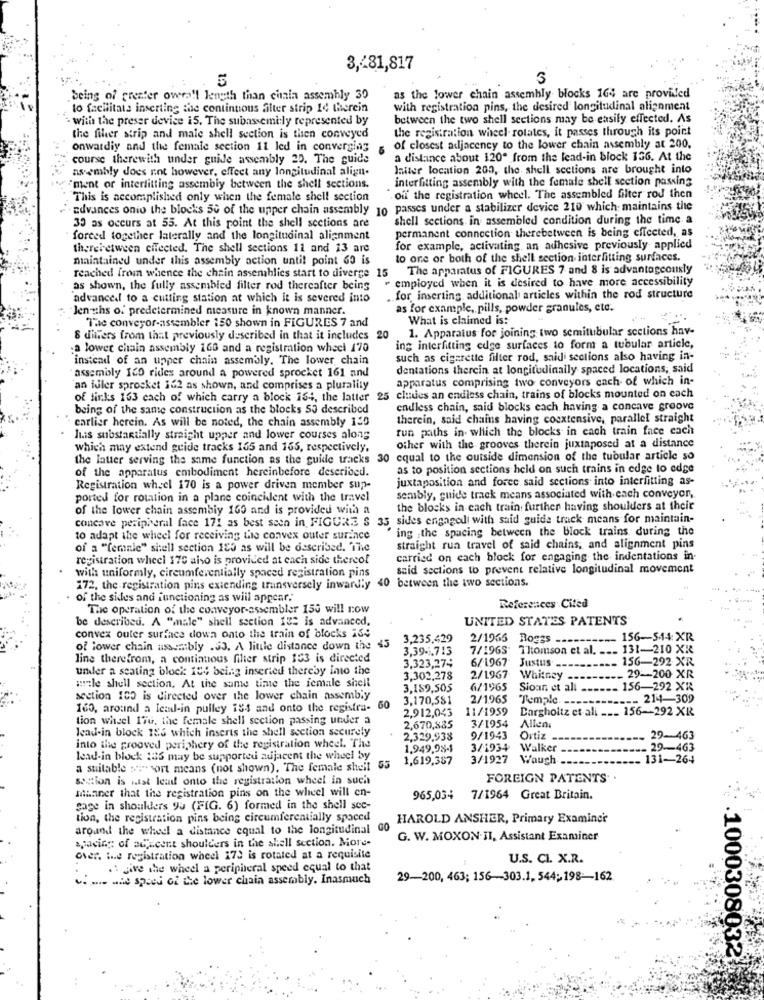
3,281,817
being of greater overall length than chain assembly 30
as the lower chain assembly blocks 164 are provided
to facilitate inserting the continuous alter strip 14 therein
with registration pins, the desired longitudinal alignment
· with the preser device 15. The subassembly represented by
between the two shell sections may be easily effected. As
the registration wheel rotates, it passes through its point
the fiher strip and male shell section is then conveyed
onwardiy and the female section 11 led in converging
of closest adjacency to the lower chain assembly at 200.
course therewith under guide assembly 20. The guide
a distance about 120" from the lead-in block 136. At the
assembly does not however, effect any longitudinal align.
laiter location 200, the shell sections are brought into
interfitting assembly with the female shell section passing
"ment or interfitting assembly between the shell sections.
This is accomplished only when the female shell section
off the registration wheel. The assembled filter rod then
advances onio the blocks 50 of the upper chain assembly 10 passes under a stabilizer device 210 which maintains the
shell sections in assembled condition during the time a
30 as occurs at 55. At this point the shell sections are
permanent connection therebetween is being effected, as
forced together laterally and the longitudinal alignment
therebetween effected. The shell sections 11 and 13 are
for example, activating, an adhesive previously applied
maintained under this assembly action until point 60 is
to one or both of the shell section interhitting surfaces.
The apparatus of FIGURES 7 and 8 is advantageously
reached from whence the chain assemblies start to diverge 15
employed when it is desired to have more accessibility
as shown, the fully assembled filter rod thereafter being
advanced to a cutting station at which it is severed into
for inserting additional articles within the rod structure
Jen ths of predetermined measure in known manner.
as for example, pills, powder granules, etc.
Tac conveyor-assembler 150 shown in FIGURES 7 and
What is claimed is:
1. Apparatus for joining two semitubular sections hav-
8 differs from that previously described in that it includes 20
a lower chain assembly 160 and a registration wheel 170
ing interfitting edge surfaces to form a tubular article,
instead of an upper chain assembly. The lower chain
such as cigarette filter rod, said sections also having in-
dentations thercin at longitudinally spaced locations, said
assembly 120 rides around a powered sprocket 161 and
apparatus comprising two conveyors cach of which in-
an fuler sprocket 162 as shown, and comprises a plurality
of links 163 cach of which carry a block 164, the latter 25 chies an endless chain, trains of blocks mounted on each
being of the same construction as the blocks 50 described
endless chain, said blocks each having a concave groove
carlier herein. As will be noted, the chain assembly 130
therein, said chains having coextensive, parallel straight
run paths in which the blocks in each train face cach
luis substantially straight upper and lower courses along
which may extend guide tracks 165 and 165, respectively,
other with the grooves therein juxtaposed at a distance
the latter serving the same function as the guide tracks 30 equal to the outside dimension of the tubular article so
of the apparatus embodiment hereinbefore described.
as to position sections held on such trains in edge to edge
juxtaposition and forec said sections into interfitting as-
Registration wheel 170 is a power driven member sup-
ported for rotation in a plane coincident with the travel
sembly, guide track means associated with each conveyor,
of the lower chain assembly 160 and is provided with a
the blocks in each train further having shoulders at their
concave peripheral face 171 as best seen in FIGURE $ 35 sides engaged with said guide track means for maintain-
ing the spacing between the block trains during the
to adapt the wheel for receiving the convex outer surince
of a "female" shell section 185 as will be described. The
straight rua travel of said chains, and alignment pins
registration wheel 170 also is provided at each side thereof
carried on each block for engaging the indentations in-
said sections to prevent relative longitudinal movement
with uniformly, circumferentially spaced registration pins
172, the registration pins extending transversely inwardly 40 between the two sections.
of the sides and functioning as will appear.
The operation of the conveyor-assembler 150 will row
References .Cited
be described. A "male" shell section 132 is advanced,
UNITED STATES PATENTS
convex outer surface down onto the train of blocks 16:
3,235,429
2/1965 Boggs ----------
. 156-544: XR
of lower chain assembly .33. A little distance down the 45
3,39 -. 713
7/1965 Thomson et al. ___ 131-210 XR
line therefrom, a continuous filter strip 103 is directed
6/1967
156-292 XR
umler a seating block 184 being inserted thereby into the
3,323,274
Justus ---
3,302,278
2/1967 Whitney ---
- 29 -- 200 XR
wiele shell section. At the same time the female shell
3,189,505
6/1965
Sioan et all
156-292 XR
section 100 is directed over the lower chain assembly
3,170,581
2/1965
Temple --
.-- 214-309
160, around a Ictal-in pulley iss and onto the registra- 60
11/1959
Dargholtz et ali ___ 156-292 XR
tion wheel I'ru, the female shell section passing under a
2,912,043
lead-in block 185 which inserts the shell section securely
2,670,885
3/1954
Allen
2,329,938
9/1943
Ortiz -
29-463
into the grooved periphery of the registration wheel. The
1,949,98-1
3/1934 Walker
29-463
lead-in block 186 may be supported adjacent the wheel by
1,619,387
3/1927 Waugh
131-264
a suitable were sort means (not shown). The female shell 55
section is utat lead onto the registration wheel in such
FOREIGN PATENTS .
mhaner that the registration pins on the wheel will en-
965,034 7/1964 Great Britain.
sage in shoulders yu (FIG. 6) formed in the shell sec-
tion, the registration pins being circumferentially spaced
HAROLD ANSHER, Primary Examiner
around the wheel a distance equal to the longitudinal GO
spacing of adjecent shoulders in the shell section. More-
G. W. MOXON.II, Assistant Examiner
over, the registration wheel 173 is rotated at a requisite
U.S. CI. X.R.
. give the wheel a peripheral speed equal to that
- the speed of the lower chain assembly. Inasmuch
29-200, 463; 156 -- 303.1. 544; 198-162
.1000308032